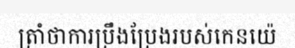
ត្រាំថាការប្រឹងប្រែងរបស់កេនយ៉េ